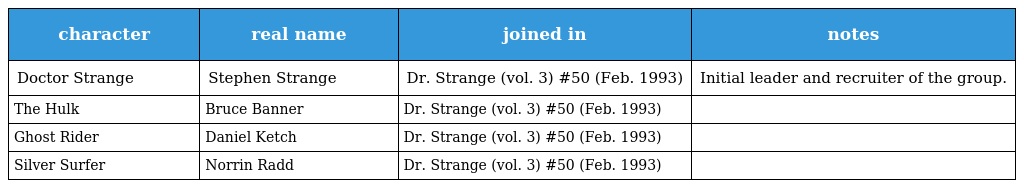
| character | real name | joined in | notes |
 | --- | --- | --- | --- |
 | Doctor Strange | Stephen Strange | Dr. Strange (vol. 3) #50 (Feb. 1993) | Initial leader and recruiter of the group. |
 | The Hulk | Bruce Banner | Dr. Strange (vol. 3) #50 (Feb. 1993) |  |
 | Ghost Rider | Daniel Ketch | Dr. Strange (vol. 3) #50 (Feb. 1993) |  |
 | Silver Surfer | Norrin Radd | Dr. Strange (vol. 3) #50 (Feb. 1993) |  |